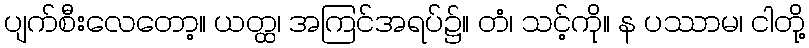
ပျက်စီးလေတော့။ ယတ္ထ၊ အကြင်အရပ်၌။ တံ၊ သင့်ကို။ န ပဿာမ၊ ငါတို့